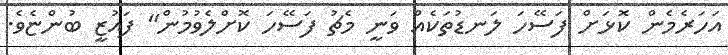
އަހަރެމެން ކޮޅަށް ފަސޭހަ ލަނޑުތަކެއް ވަނީ މެޗު ފަސޭހަ ކޮށްލެވުމުން" ފައުޒީ ބުންޏެވެ.